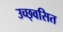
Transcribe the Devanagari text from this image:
उच्छ्‌वसित